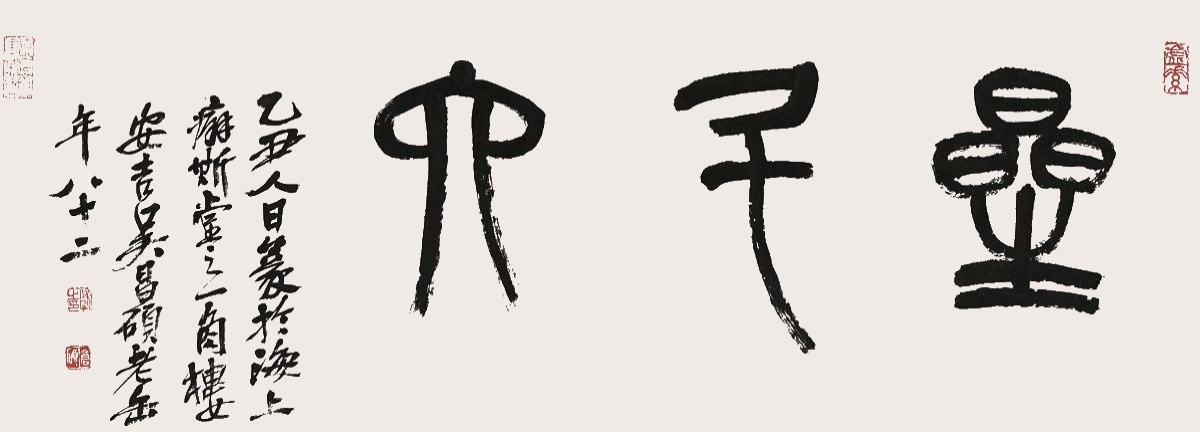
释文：星斗六。乙丑人日，篆于海上癖斯堂之一角楼，安吉吴昌硕老缶年八十二。